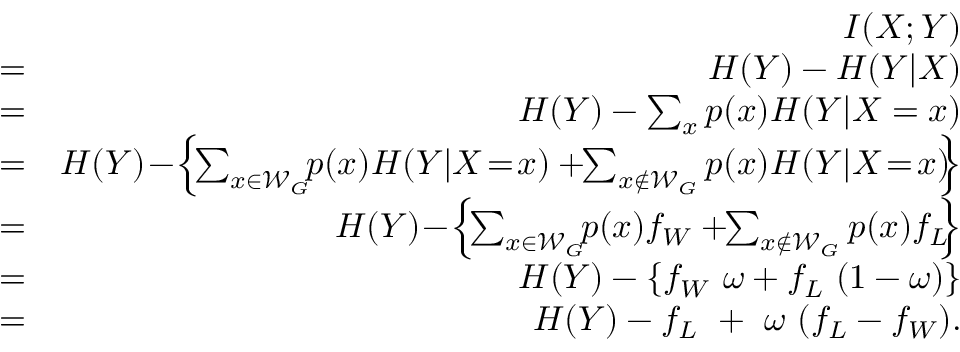
\begin{array} { r l r } & { ~ } & { I ( X ; Y ) } \\ & { = } & { H ( Y ) - H ( Y \vert X ) } \\ & { = } & { H ( Y ) - \sum _ { x } p ( x ) H ( Y \vert X = x ) } \\ & { = } & { H ( Y ) \! - \! \left\{ \! \sum _ { x \in \mathcal { W } _ { G } } \! \! p ( x ) H ( Y \vert X \! = \! x ) + \! \! \sum _ { x \notin \mathcal { W } _ { G } } p ( x ) H ( Y \vert X \! = \! x ) \! \! \right\} } \\ & { = } & { H ( Y ) \! - \! \left\{ \! \sum _ { x \in \mathcal { W } _ { G } } \! \! p ( x ) f _ { W } + \! \! \sum _ { x \notin \mathcal { W } _ { G } } p ( x ) f _ { L } \! \! \right\} } \\ & { = } & { H ( Y ) - \left\{ f _ { W } ~ \omega + f _ { L } ~ ( 1 - \omega ) \right\} } \\ & { = } & { H ( Y ) - f _ { L } ~ + ~ \omega ~ ( f _ { L } - f _ { W } ) . } \end{array}